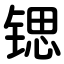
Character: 锶